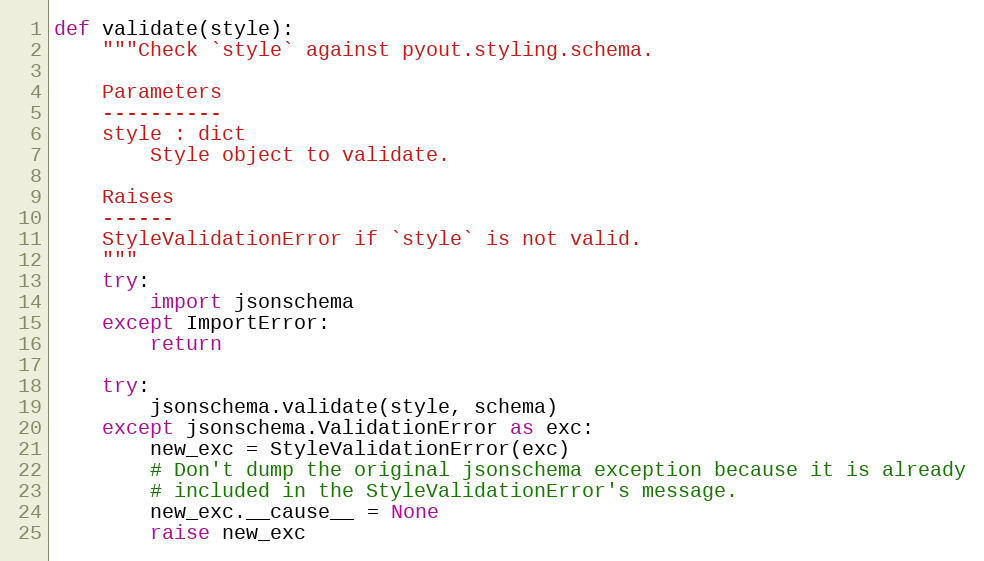
Language: Python
def validate(style):
    """Check `style` against pyout.styling.schema.

    Parameters
    ----------
    style : dict
        Style object to validate.

    Raises
    ------
    StyleValidationError if `style` is not valid.
    """
    try:
        import jsonschema
    except ImportError:
        return

    try:
        jsonschema.validate(style, schema)
    except jsonschema.ValidationError as exc:
        new_exc = StyleValidationError(exc)
        # Don't dump the original jsonschema exception because it is already
        # included in the StyleValidationError's message.
        new_exc.__cause__ = None
        raise new_exc